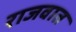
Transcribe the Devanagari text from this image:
राजवात